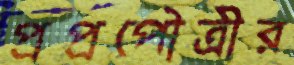
প্রপ্রপৌত্রীর